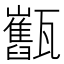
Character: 𤮯